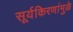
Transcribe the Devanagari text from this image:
सूर्यकिरणांमुळे